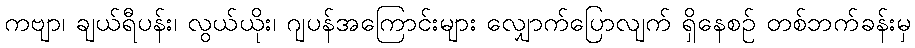
ကဗျာ၊ ချယ်ရီပန်း၊ လွယ်ယိုး၊ ဂျပန်အကြောင်းများ လျှောက်ပြောလျက် ရှိနေစဉ် တစ်ဘက်ခန်းမှ